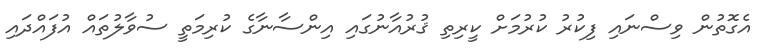
އެގޮތުން ވިސްނައި ފިކުރު ކުރުމަށް ކީރިތި ޤުރުއާނުގައި އިންސާނާގެ ކުރިމަތީ ސުވާލުތައް އުފައްދައި